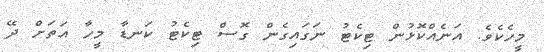
މީހެކެވެ. އަނެއްކޮޅުން ޓިކެޓު ނަގައިގެން ގޮސް ޓިކެޓު ކަނޑާ މީހާ އަތަށް ދޭ